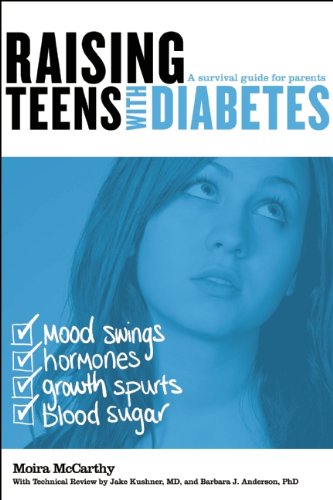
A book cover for Raising Teens with Diabetes: A Survival Guide for Parents; Moira McCarthy; Health, Fitness & Dieting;